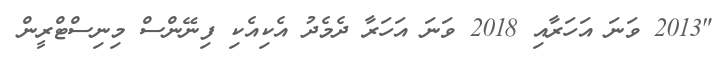
"2013 ވަނަ އަހަރާއި 2018 ވަނަ އަހަރާ ދެމެދު އެކިއެކި ފިނޭންސް މިނިސްޓްރީން